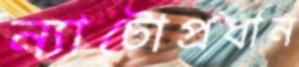
ন্যাটোপ্রধান